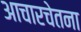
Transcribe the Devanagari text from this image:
आचारचेतना